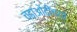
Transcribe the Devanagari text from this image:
चढाओढीच्या